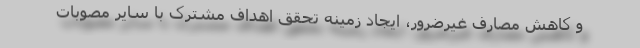
و کاهش مصارف غیرضرور، ایجاد زمینه تحقق اهداف مشترک با سایر مصوبات